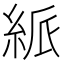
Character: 𥿯